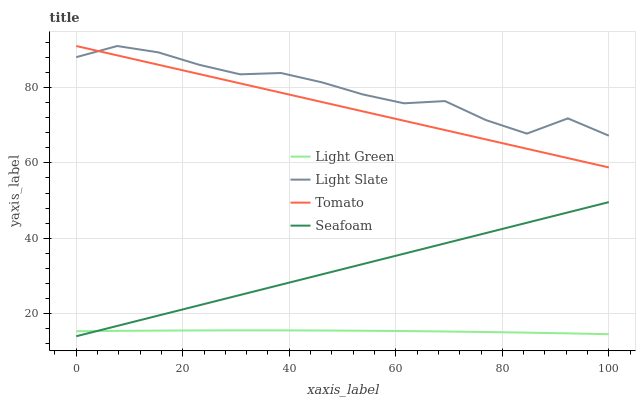
| xaxis_label | Light Green | Light Slate | Tomato | Seafoam |
 | --- | --- | --- | --- | --- |
 | 0 | 15.3 | 88 | 91 | 14 |
 | 7.69 | 15.4 | 91 | 88.5 | 16.7 |
 | 15.4 | 15.5 | 89.3 | 86 | 19.5 |
 | 23.1 | 15.5 | 86 | 83.6 | 22.2 |
 | 30.8 | 15.6 | 83.5 | 81.1 | 25 |
 | 38.5 | 15.6 | 83.8 | 78.6 | 27.7 |
 | 46.2 | 15.5 | 81.4 | 76.1 | 30.4 |
 | 53.8 | 15.5 | 78.1 | 73.7 | 33.2 |
 | 61.5 | 15.4 | 75.8 | 71.2 | 35.9 |
 | 69.2 | 15.3 | 76.4 | 68.7 | 38.6 |
 | 76.9 | 15.1 | 71.3 | 66.2 | 41.4 |
 | 84.6 | 15 | 67.8 | 63.7 | 44.1 |
 | 92.3 | 14.8 | 71.8 | 61.3 | 46.9 |
 | 100 | 14.5 | 67.2 | 58.8 | 49.6 |